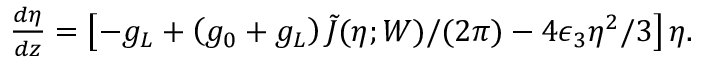
\begin{array} { r } { \frac { d \eta } { d z } = \left[ - g _ { L } + \left( g _ { 0 } + g _ { L } \right) \tilde { J } ( \eta ; W ) / ( 2 \pi ) - 4 \epsilon _ { 3 } \eta ^ { 2 } / 3 \right] \eta . } \end{array}